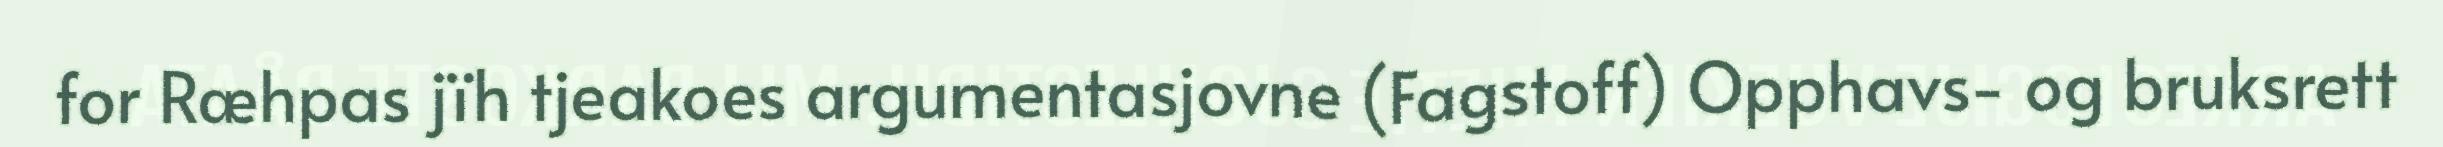
for Ræhpas jïh tjeakoes argumentasjovne (Fagstoff) Opphavs- og bruksrett